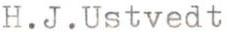
H.J.Ustvedt